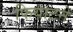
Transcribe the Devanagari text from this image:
फियाटने